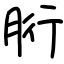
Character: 胻